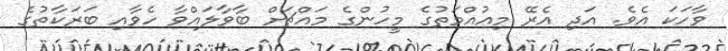
ވާހަކަ އެވެ. އަދި އެރޭ މިއުއްމަތުގެ މީހުންގެ މައްޗަށް ބާވާލައްވާ ހެވާއި ބަރަކާތުގެ